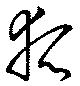
狐